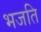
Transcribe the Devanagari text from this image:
भजति